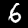
Label: 6